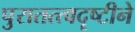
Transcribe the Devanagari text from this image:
पुरातत्त्वदृष्टीने